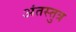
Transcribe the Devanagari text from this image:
अंतस्तुत्र